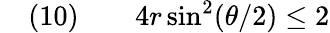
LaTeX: \quad(10)\qquad 4r\sin^{2}(\theta/2)\leq 2